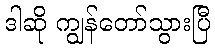
ဒါဆို ကျွန်တော်သွားပြီ